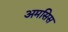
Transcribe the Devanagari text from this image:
अमसिस